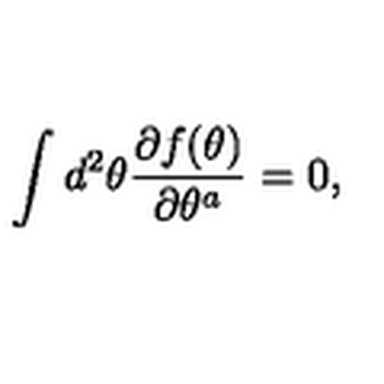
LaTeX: \int d ^ { 2 } \theta \frac { \partial f ( \theta ) } { \partial \theta ^ { a } } = 0 ,